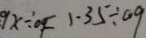
9 x \div o F 1 . 3 5 \div 0 9